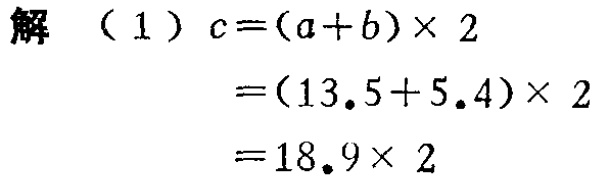
解 （1）

\[

\begin{align*}

c&=(a + b)\times2\\

&=(13.5 + 5.4)\times2\\

&=18.9\times2

\end{align*}

\]